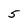
Character: 5